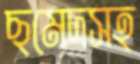
ছমেদসহ